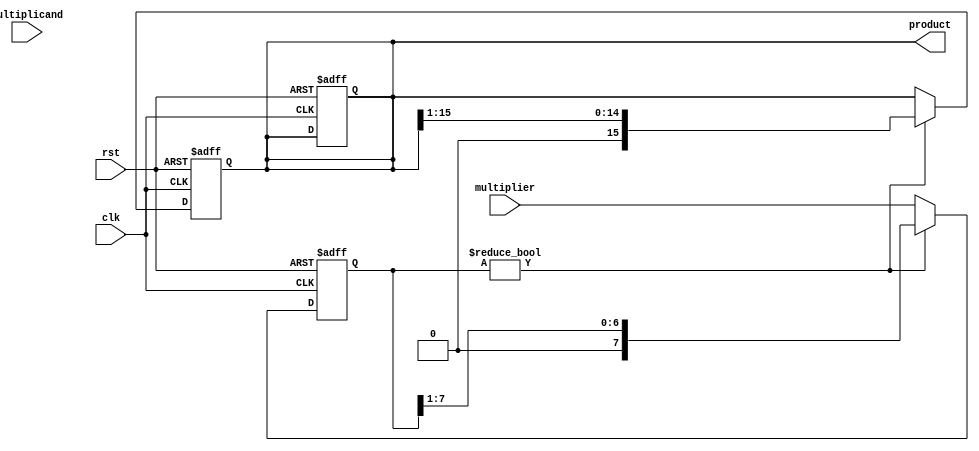
module shift_add_multiplier(
    input wire clk,
    input wire rst,
    input wire [7:0] multiplicand,
    input wire [7:0] multiplier,
    output reg [15:0] product
);

reg [7:0] multiplier_reg;
reg [7:0] multiplicand_reg;
reg [15:0] partial_product;

always @(posedge clk or posedge rst) begin
    if (rst) begin
        product <= 16'h0000;
        multiplier_reg <= 8'h00;
        multiplicand_reg <= 8'h00;
        partial_product <= 16'h0000;
    end else begin
        multiplier_reg <= multiplier;
        multiplicand_reg <= multiplicand;

        if (multiplier_reg != 8'b0) begin
            if (multiplier_reg[0] == 1'b1) begin
                partial_product <= partial_product + {8'b0, multiplicand_reg};
            end
            partial_product <= partial_product >> 1;
            multiplier_reg <= multiplier_reg >> 1;
        end
    end
end

always @(*) begin
    product = partial_product;
end

endmodule